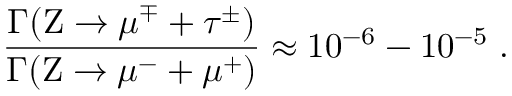
{ \frac { \Gamma ( \mathrm { Z } \to \mu ^ { \mp } + \tau ^ { \pm } ) } { \Gamma ( \mathrm { Z } \to \mu ^ { - } + \mu ^ { + } ) } } \approx 1 0 ^ { - 6 } - 1 0 ^ { - 5 } \; .